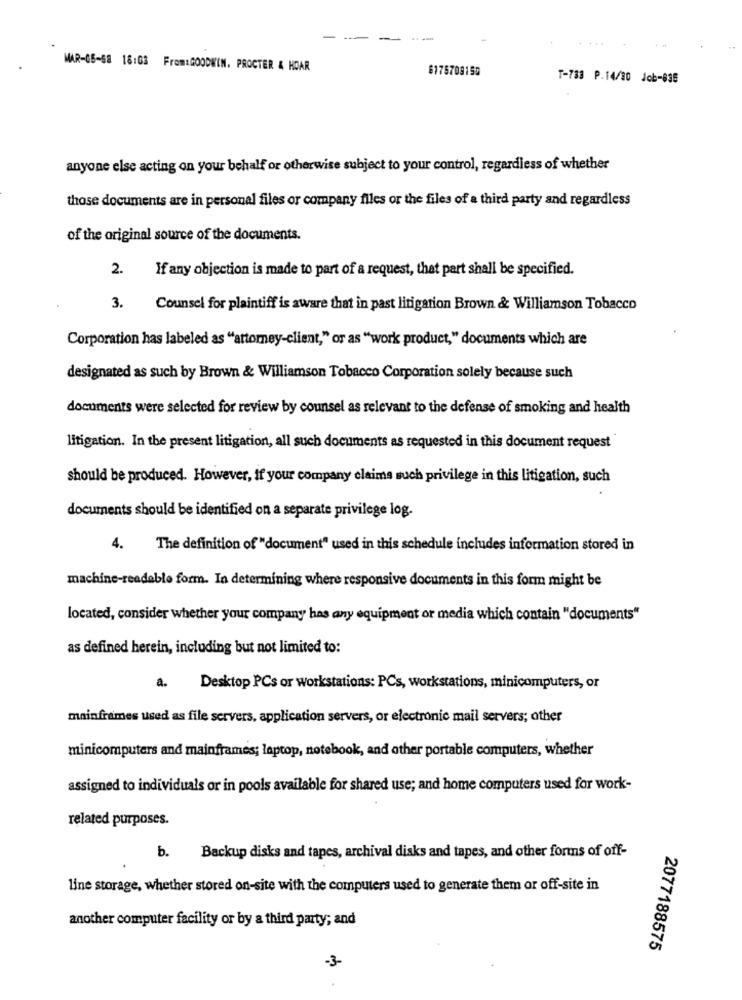
-
--
MAR-05-58 18:03 From:GOODWIN. PROCTER & HDAR
6175708159
T-783 P.14/30 Job-035
anyone else acting on your behalf or otherwise subject to your control, regardless of whether
those documents are in personal files or company files or the files of a third party and regardless
of the original source of the documents.
2.
If any objection is made to part of a request, that part shall be specified.
3.
Counsel for plaintiff is aware that in past litigation Brown & Williamson Tobacco
Corporation has labeled as "attorney-client," or as "work product," documents which are
designated as such by Brown & Williamson Tobacco Corporation solely because such
documents were selected for review by counsel as relevant to the defense of smoking and health
litigation. In the present litigation, all such documents as requested in this document request
should be produced. However, if your company claims such privilege in this litigation, such
documents should be identified on a separate privilege log.
4.
The definition of "document" used in this schedule includes information stored in
machine-readable form. In determining where responsive documents in this form might be
located, consider whether your company has any equipment or media which contain "documents"
as defined herein, including but not limited to:
a.
Desktop PCs or workstations: PCs, workstations, minicomputers, or
mainframes used as file servers, application servers, or electronic mail servers; other
minicomputers and mainframes; laptop, notebook, and other portable computers, whether
assigned to individuals or in pools available for shared use; and home computers used for work-
related purposes.
b. Backup disks and tapes, archival disks and tapes, and other forms of off-
line storage, whether stored on-site with the computers used to generate them or off-site in
another computer facility or by a third party; and
2077188575
-3-